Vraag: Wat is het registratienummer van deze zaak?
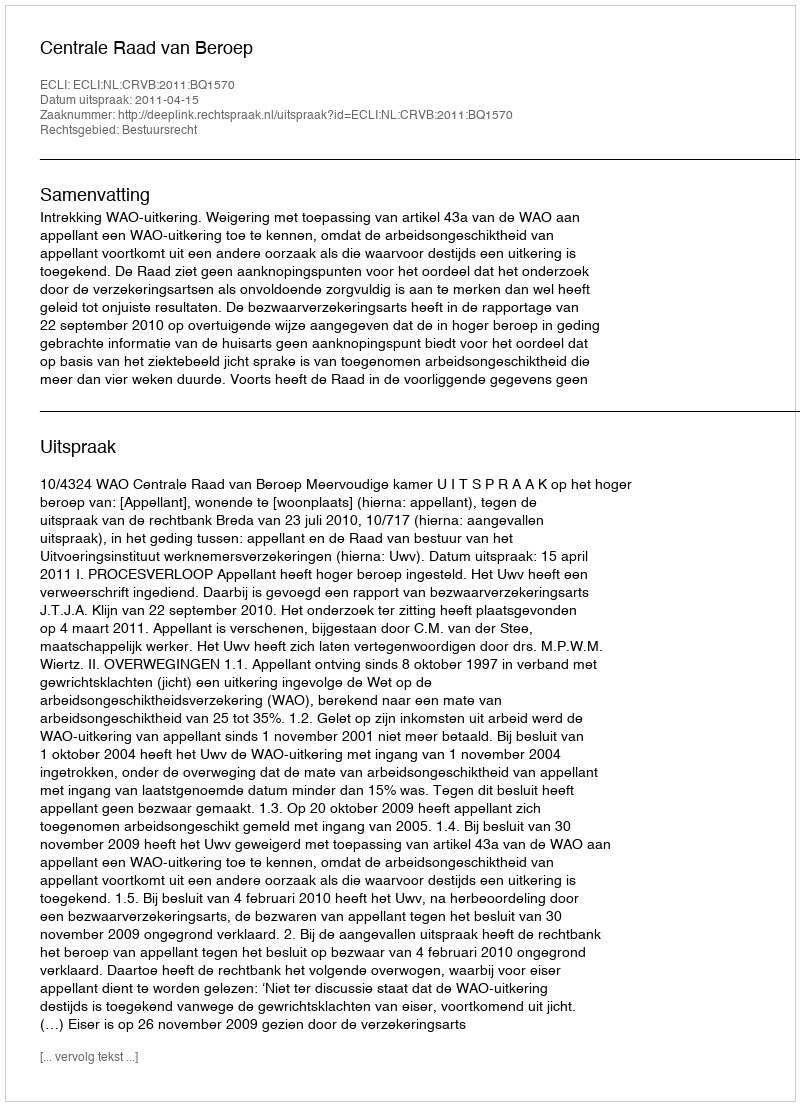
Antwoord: http://deeplink.rechtspraak.nl/uitspraak?id=ECLI:NL:CRVB:2011:BQ1570